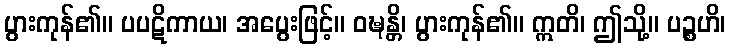
ပွားကုန်၏။ ပပဋိကာယ၊ အပွေးဖြင့်။ ဝဍ္ဎန္တိ၊ ပွားကုန်၏။ ဣတိ၊ ဤသို့။ ပဉ္စဟိ၊